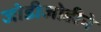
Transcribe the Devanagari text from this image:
जोडीजोडीने